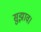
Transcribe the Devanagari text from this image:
सुझाव।